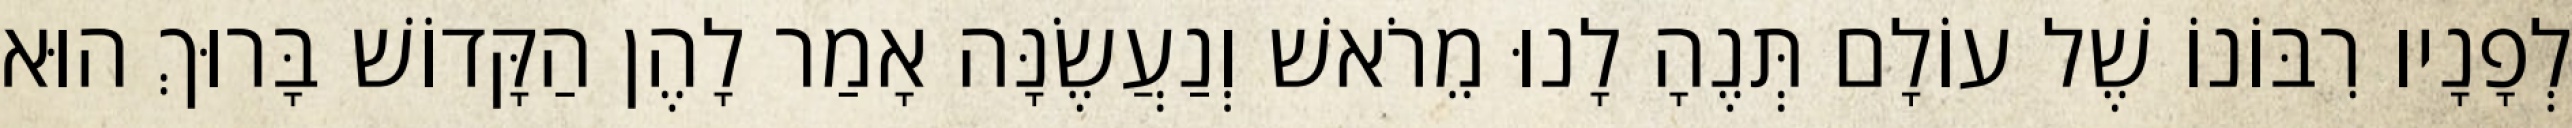
לְפָנָיו רִבּוֹנוֹ שֶׁל עוֹלָם תְּנֶהָ לָנוּ מֵרֹאשׁ וְנַעֲשֶׂנָּה אָמַר לָהֶן הַקָּדוֹשׁ בָּרוּךְ הוּא